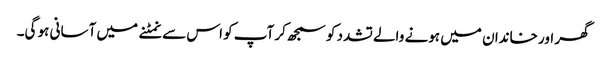
گھر اور خاندان میں ہونے والے تشدد کو سمجھ کر آپ کو اس سے نمٹنے میں آسانی ہو گی۔